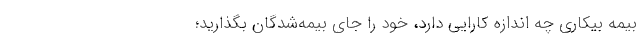
بیمه بیکاری چه اندازه کارایی دارد، خود را جای بیمه‌شدگان بگذارید؛